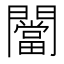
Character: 闣